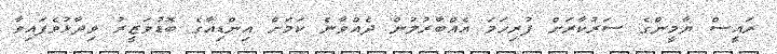
ރައީސް ޔާމީންގެ ސަރުކާރަށް ފުރިހަމަ އެއްބާރުލުން ދެއްވާނެ ކަމަށް އިންޑިއާގެ ބޮޑުވަޒީރު ވިދާޅުވެފައިވާ